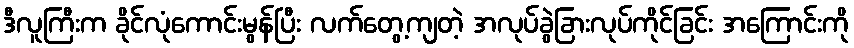
ဒီလူကြီးက ခိုင်လုံကောင်းမွန်ပြီး လက်တွေ့ကျတဲ့ အလုပ်ခွဲခြားလုပ်ကိုင်ခြင်း အကြောင်းကို